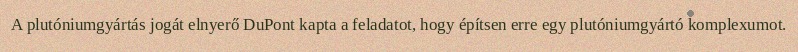
A plutóniumgyártás jogát elnyerő DuPont kapta a feladatot, hogy építsen erre egy plutóniumgyártó komplexumot.